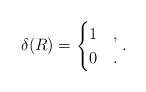
\begin{align*}\delta(R)=\begin{cases} 1 & ,\\ 0 & . \end{cases}.\end{align*}